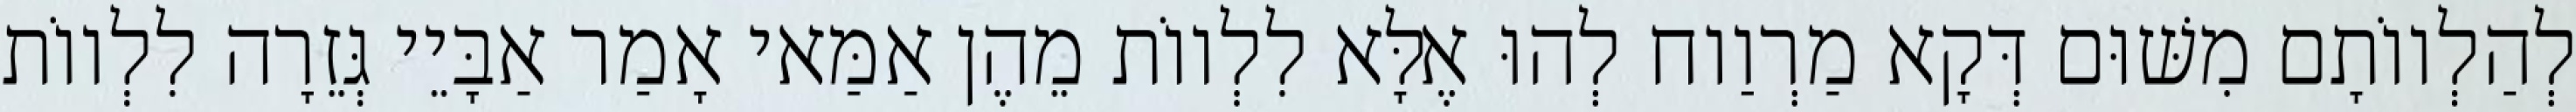
לְהַלְווֹתָם מִשּׁוּם דְּקָא מַרְוַוח לְהוּ אֶלָּא לִלְווֹת מֵהֶן אַמַּאי אָמַר אַבָּיֵי גְּזֵרָה לִלְווֹת